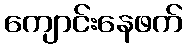
ကျောင်းနေဖက်